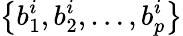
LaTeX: \left\{ b_{1}^{i},b_{2}^{i},\ldots,b_{p}^{i}\right\}